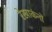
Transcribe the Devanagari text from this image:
रेखाकंनों